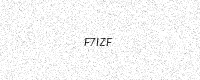
Text: F7IZF